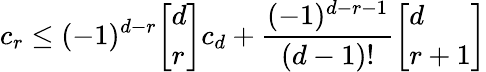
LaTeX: c_{r}\leq(-1)^{d-r}{\left[\begin{array}{l}{d}\\ {r}\end{array}\right]}c_{d}+{\frac{(-1)^{d-r-1}}{(d-1)!}}{\left[\begin{array}{l}{d}\\ {r+1}\end{array}\right]}